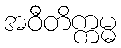
အဝီတိက္ကမ္မ